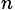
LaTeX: _{n}